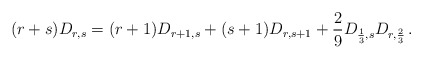
\begin{align*}(r+s)D_{r,s}=(r+1)D_{r+1,s}+(s+1)D_{r,s+1}+{2\over 9}D_{{1\over 3},s}D_{r,{2\over 3}}\,.\end{align*}